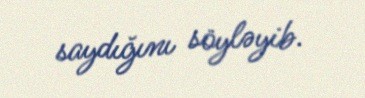
saydığını söyləyib.